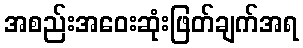
အစည်းအဝေးဆုံးဖြတ်ချက်အရ